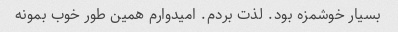
بسیار خوشمزه بود. لذت بردم. امیدوارم همین طور خوب بمونه